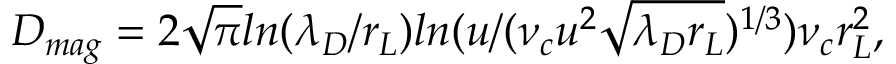
D _ { m a g } = 2 \sqrt { \pi } l n ( \lambda _ { D } / r _ { L } ) l n ( u / ( \nu _ { c } u ^ { 2 } \sqrt { \lambda _ { D } r _ { L } } ) ^ { 1 / 3 } ) \nu _ { c } r _ { L } ^ { 2 } ,